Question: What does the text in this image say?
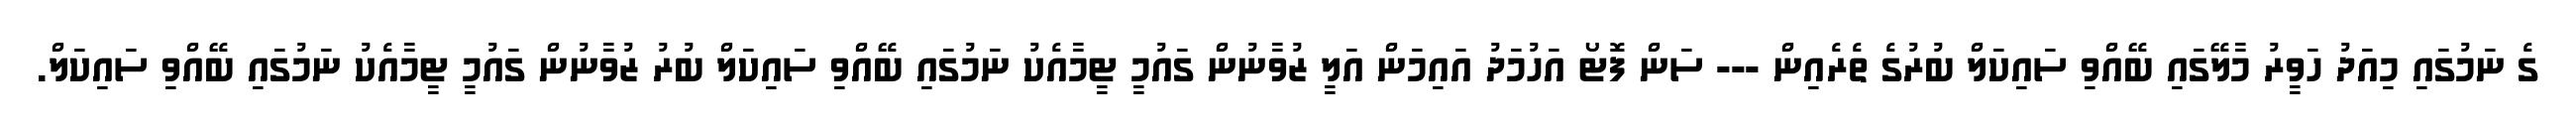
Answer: ގެ ނަމުގައި މިއަދު ހަވީރު މާލޭގައި ބޭއްވި ސައިކަލް ބުރުގެ ތެރެއިން --- ސަން ފޮޓޯ އަހުމަދު އައިމަން އަލީ ޒުވާނުން ގައުމީ ޓީމާއެކު ނަމުގައި ބޭއްވި ސައިކަލް ބުރު ޒުވާނުން ގައުމީ ޓީމާއެކު ނަމުގައި ބޭއްވި ސައިކަލް.